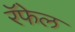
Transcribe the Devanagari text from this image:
रॅफेल